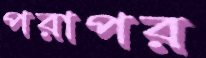
পরাপর